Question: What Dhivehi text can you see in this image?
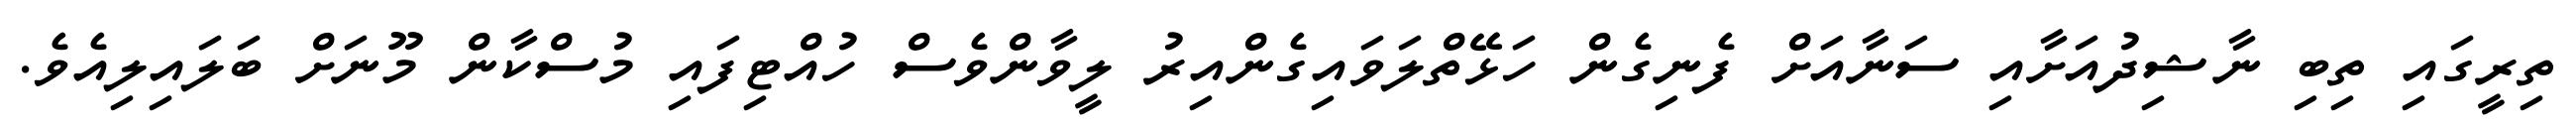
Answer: ތިރީގައި ތިބި ނާޝިދުއަށާއި ސަނާއަށް ފެނިގެން ހަޅޭތްލަވައިގެންއިރު ލީވާންވެސް ހުއްޓިފައި މުސްކާން މޫނަށް ބަލައިލިއެވެ.